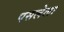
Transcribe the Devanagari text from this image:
पसलेला